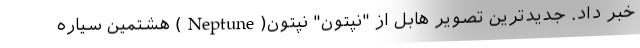
خبر داد. جدیدترین تصویر هابل از "نپتون" نپتون(Neptune) هشتمین سیاره